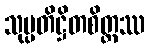
သုပ္ပတိဋ္ဌိတစိတ္တဿ